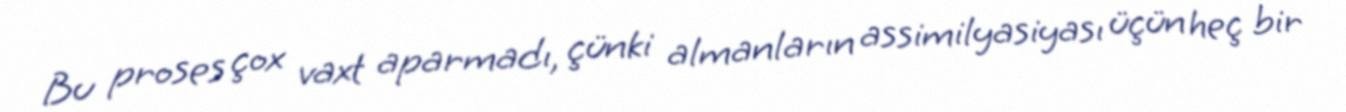
Bu proses çox vaxt aparmadı, çünki almanların assimilyasiyası üçün heç bir